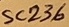
Text: SC236